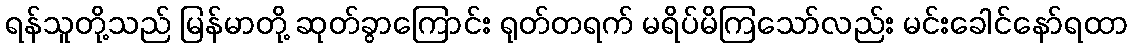
ရန်သူတို့သည် မြန်မာတို့ ဆုတ်ခွာကြောင်း ရုတ်တရက် မရိပ်မိကြသော်လည်း မင်းခေါင်နော်ရထာ